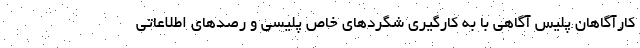
کارآگاهان پلیس آگاهی با به کارگیری شگردهای خاص پلیسی و رصدهای اطلاعاتی